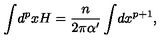
\int \! d ^ { p } x H = \frac { n } { 2 \pi \alpha ^ { \prime } } \int \! d x ^ { p + 1 } ,